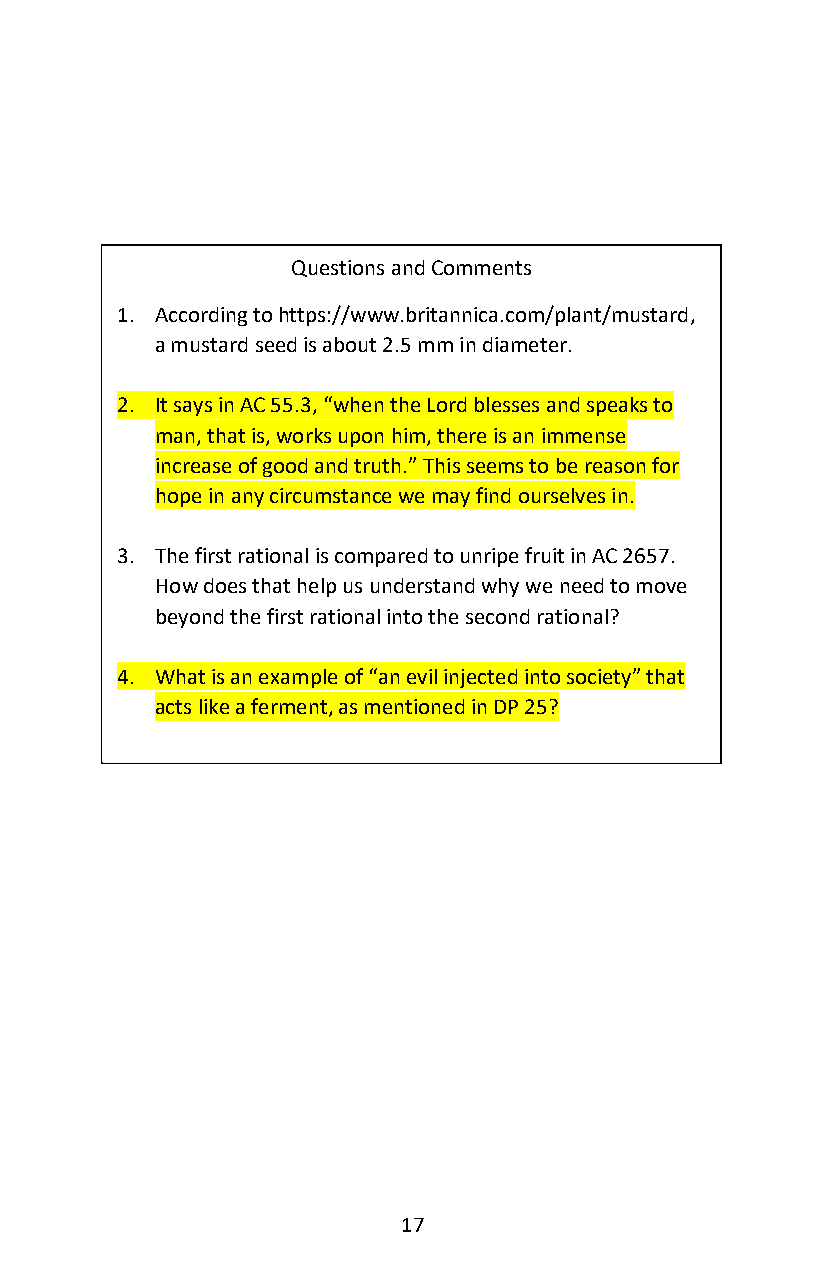
Questions and Comments
 1. According to https://www.britannica.com/plant/mustard,
 a mustard seed is about 2.5 mm in diameter.
 2. It says in AC 55.3, “when the Lord blesses and speaks to
 man, that is, works upon him, there is an immense
 increase of good and truth.” This seems to be reason for
 hope in any circumstance we may find ourselves in.
 3. The first rational is compared to unripe fruit in AC 2657.
 How does that help us understand why we need to move
 beyond the first rational into the second rational?
 4. What is an example of “an evil injected into society” that
 acts like a ferment, as mentioned in DP 25?
 17